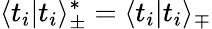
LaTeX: \langle t_{i}|t_{i}\rangle_{\pm}^{*}=\langle t_{i}|t_{i}\rangle_{\mp}